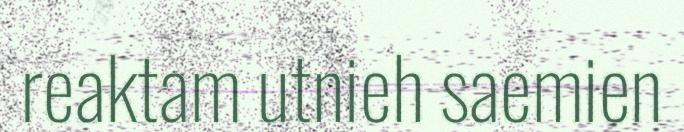
reaktam utnieh saemien